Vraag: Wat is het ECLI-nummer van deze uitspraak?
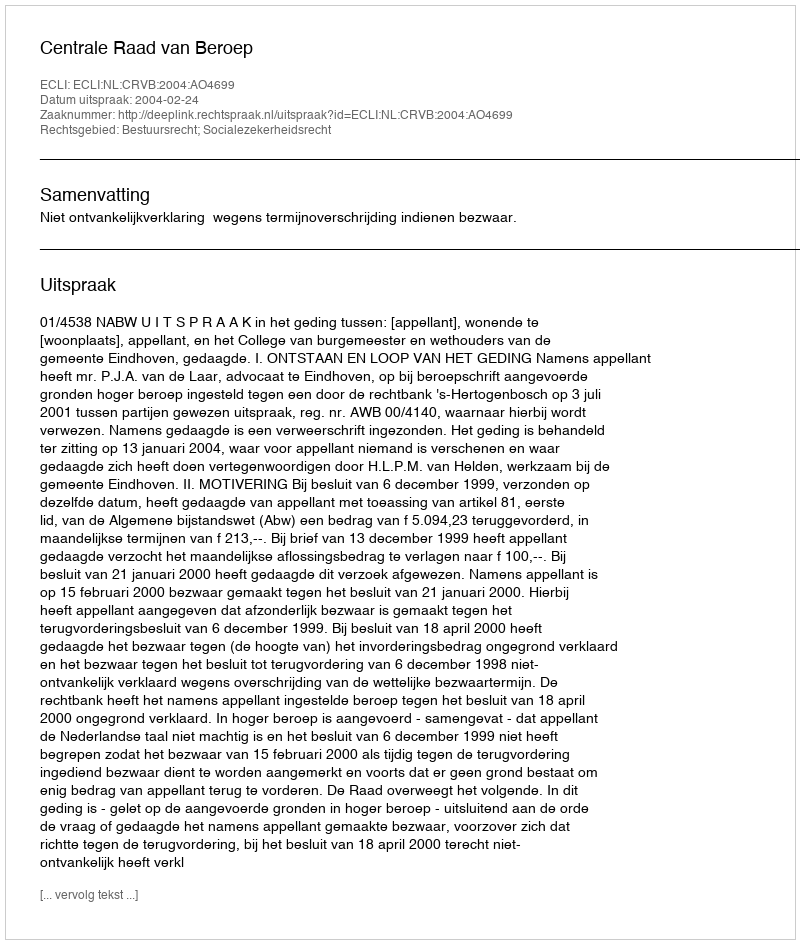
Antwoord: ECLI:NL:CRVB:2004:AO4699